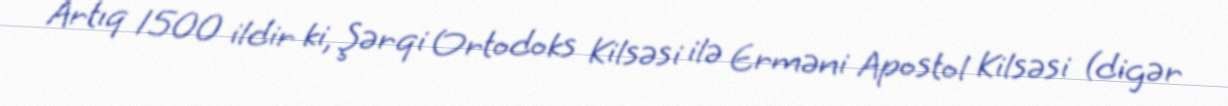
Artıq 1500 ildir ki, Şərqi Ortodoks Kilsəsi ilə Erməni Apostol Kilsəsi (digər